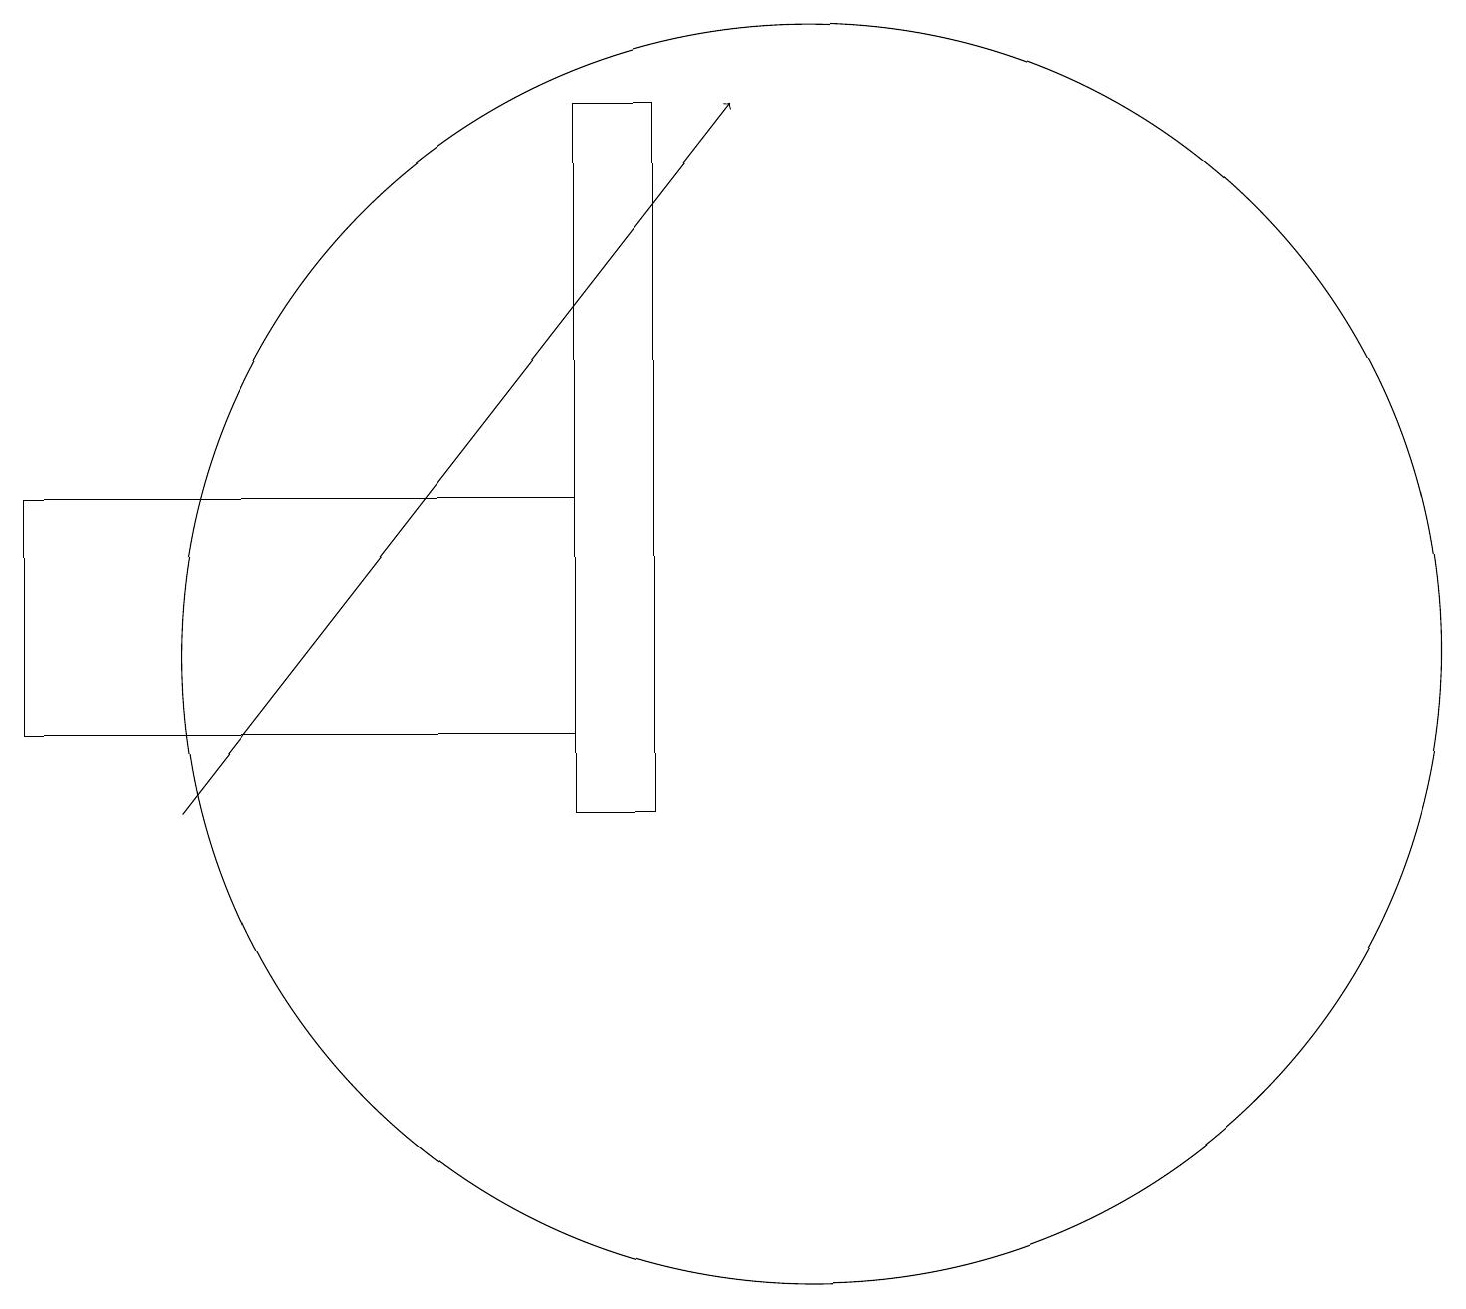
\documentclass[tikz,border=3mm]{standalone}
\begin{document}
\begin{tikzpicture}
\draw (10,12) circle (8);
\draw (8,19) rectangle (7,10);
\draw (7,11) rectangle (0,14);
\draw[->] (2,10) -- (9,19);
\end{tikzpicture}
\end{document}